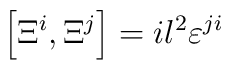
\left[\Xi^i,\Xi^j\right]=il^2{\varepsilon}^{ji}